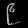
Digit: ၉